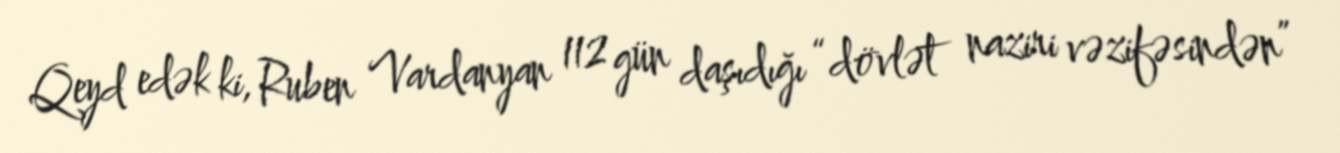
Qeyd edək ki, Ruben Vardanyan 112 gün daşıdığı “dövlət naziri vəzifəsindən”